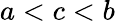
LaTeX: a<c<b